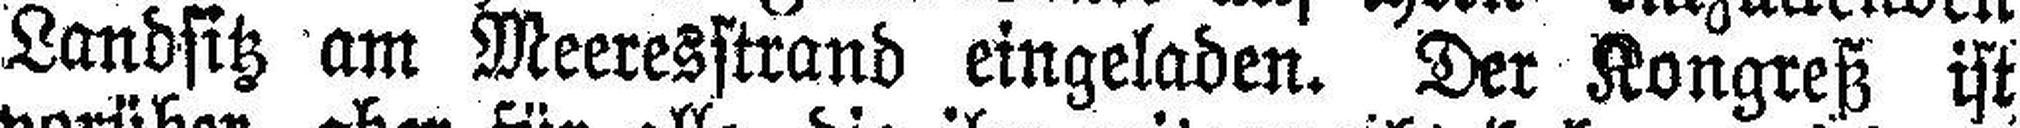
Landsitz am Meeresstrand eingeladen. Der Kongreß ist